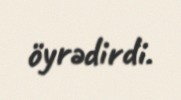
öyrədirdi.